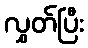
လွှတ်ပြီး